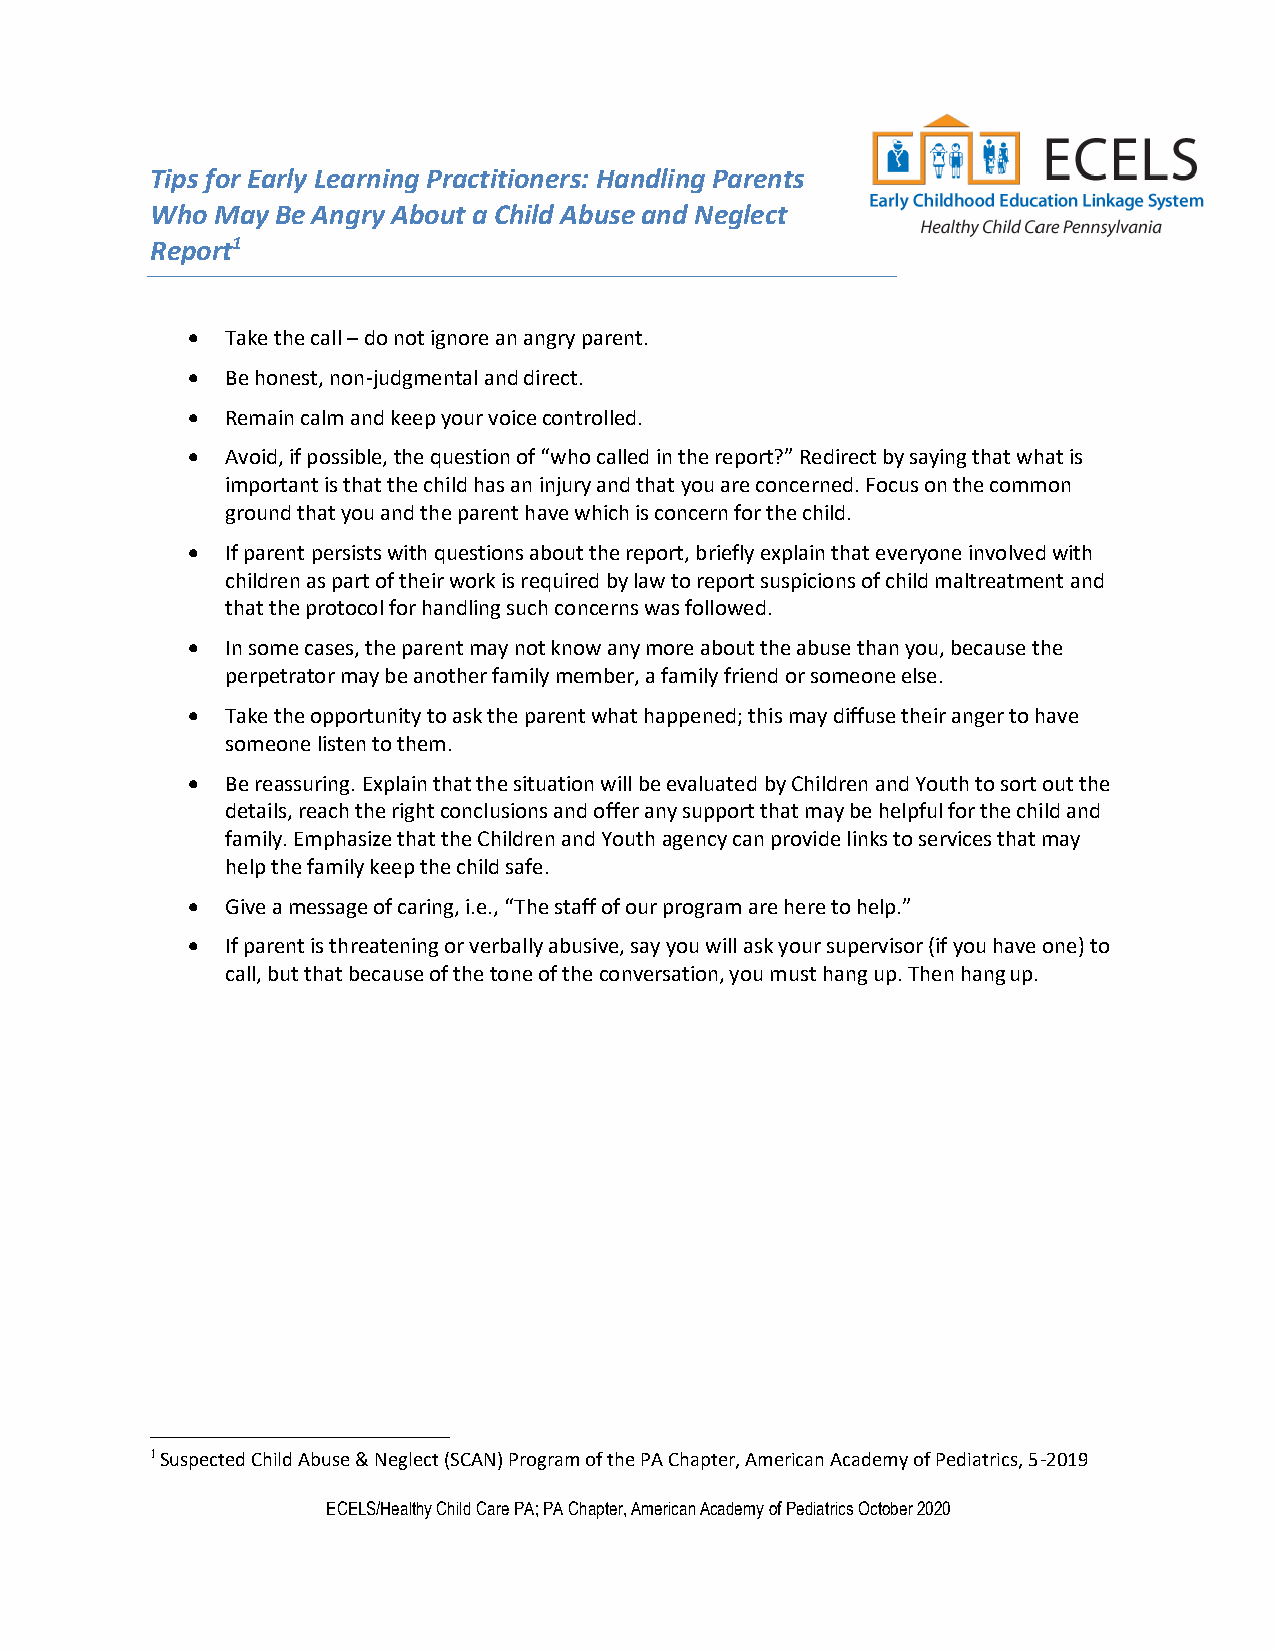
Tips for Early Learning Practitioners: Handling Parents
 Who May Be Angry About a Child Abuse and Neglect
 Report1
 •  Take the call – do not ignore an angry parent.
 •  Be honest, non-judgmental and direct.
 •  Remain calm and keep your voice controlled.
 •  Avoid, if possible, the question of “who called in the report?” Redirect by saying that what is
 important is that the child has an injury and that you are concerned. Focus on the common
 ground that you and the parent have which is concern for the child.
 •  If parent persists with questions about the report, briefly explain that everyone involved with
 children as part of their work is required by law to report suspicions of child maltreatment and
 that the protocol for handling such concerns was followed.
 •  In some cases, the parent may not know any more about the abuse than you, because the
 perpetrator may be another family member, a family friend or someone else.
 •  Take the opportunity to ask the parent what happened; this may diffuse their anger to have
 someone listen to them.
 •  Be reassuring. Explain that the situation will be evaluated by Children and Youth to sort out the
 details, reach the right conclusions and offer any support that may be helpful for the child and
 family. Emphasize that the Children and Youth agency can provide links to services that may
 help the family keep the child safe.
 •  Give a message of caring, i.e., “The staff of our program are here to help.”
 •  If parent is threatening or verbally abusive, say you will ask your supervisor (if you have one) to
 call, but that because of the tone of the conversation, you must hang up. Then hang up.
 1 Suspected Child Abuse & Neglect (SCAN) Program of the PA Chapter, American Academy of Pediatrics, 5-2019
 ECELS/Healthy Child Care PA; PA Chapter, American Academy of Pediatrics October 2020